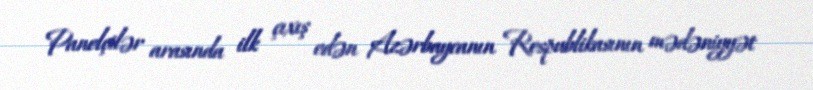
Panelçilər arasında ilk çıxış edən Azərbaycanın Respublikasının mədəniyyət